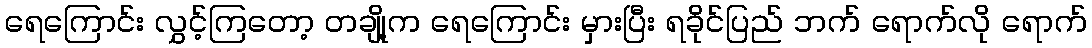
ရေကြောင်း လွှင့်ကြတော့ တချို့က ရေကြောင်း မှားပြီး ရခိုင်ပြည် ဘက် ရောက်လို ရောက်